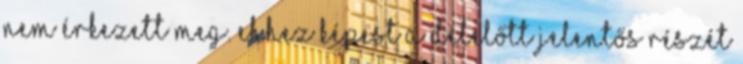
nem érkezett meg. Ehhez képest a délelőtt jelentős részét